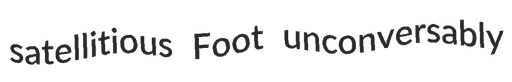
satellitious Foot unconversably